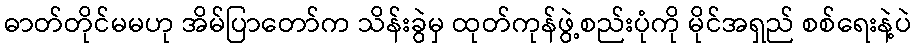
ဓာတ်တိုင်မမဟု အိမ်ပြာတော်က သိန်းခွဲမှ ထုတ်ကုန်ဖွဲ့စည်းပုံကို မိုင်အရှည် စစ်ရေးနဲ့ပဲ